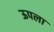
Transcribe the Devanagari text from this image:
ऊपला